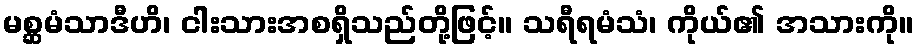
မစ္ဆမံသာဒီဟိ၊ ငါးသားအစရှိသည်တို့ဖြင့်။ သရီရမံသံ၊ ကိုယ်၏ အသားကို။